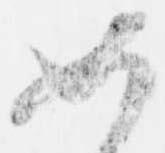
如